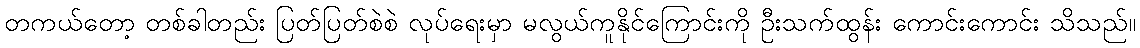
တကယ်တော့ တစ်ခါတည်း ပြတ်ပြတ်စဲစဲ လုပ်ရေးမှာ မလွယ်ကူနိုင်ကြောင်းကို ဦးသက်ထွန်း ကောင်းကောင်း သိသည်။